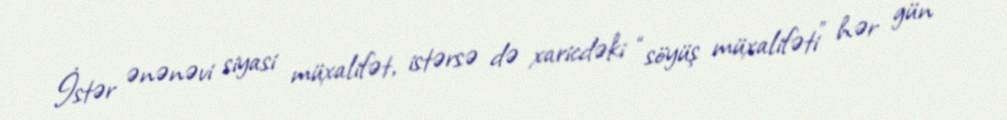
İstər ənənəvi siyasi müxalifət, istərsə də xaricdəki “söyüş müxalifəti” hər gün